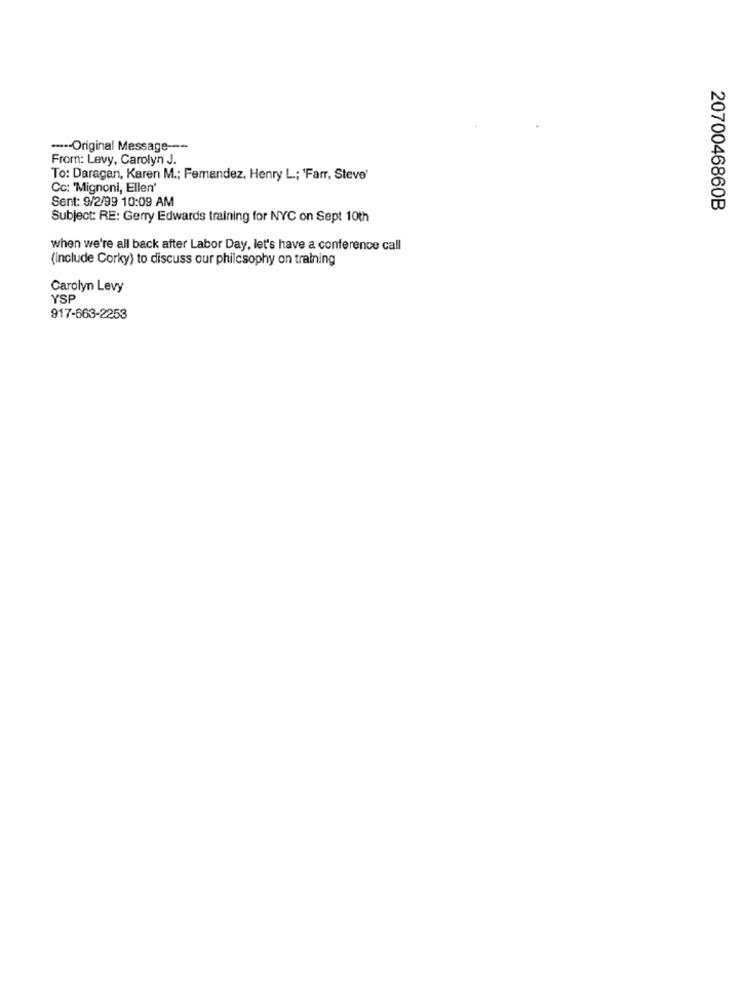
....- Original Message -----
From: Levy, Carolyn J.
To: Daragan, Karen M .; Femandez, Henry L; 'Farr, Steve'
Cc: 'Mignoni, Ellen'
Sent: 9/2/99 10:09 AM
2070046860B
Subject: RE: Gerry Edwards training for NYC on Sept 10th
when we're all back after Labor Day, let's have a conference call
(include Corky) to discuss our philosophy on training
Carolyn Levy
YSP
917-663-2253